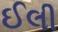
ઈલી